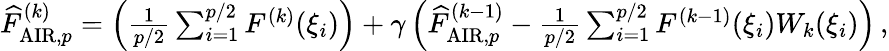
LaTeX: \begin{array}{r}{\widehat{F}_{\mathrm{AIR},p}^{(k)}=\left(\frac{1}{p/2}\sum_{i=1}^{p/2}F^{(k)}(\xi_{i})\right)+\gamma\left(\widehat{F}_{\mathrm{AIR},p}^{(k-1)}-\frac{1}{p/2}\sum_{i=1}^{p/2}F^{(k-1)}(\xi_{i})W_{k}(\xi_{i})\right)\, ,}\end{array}